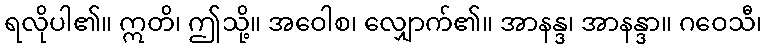
ရလိုပါ၏။ ဣတိ၊ ဤသို့။ အဝေါစ၊ လျှောက်၏။ အာနန္ဒ၊ အာနန္ဒာ။ ဂဝေသီ၊